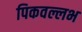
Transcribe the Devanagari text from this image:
पिकवल्लभ